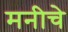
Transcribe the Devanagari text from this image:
मनीचे